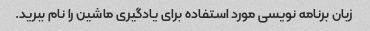
زبان برنامه نویسی مورد استفاده برای یادگیری ماشین را نام ببرید.